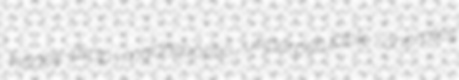
honey-drop madreporitic unperpetuable chorales